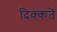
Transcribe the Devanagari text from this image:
दिक्‍कतें